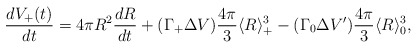
\begin{align*}\frac{dV_+(t)}{dt}=4 \pi R^2 \frac{dR}{dt}+(\Gamma_+ \Delta V) \frac{4 \pi}{3} \langle R \rangle_+^3 -(\Gamma_0 \Delta V') \frac{4 \pi}{3} \langle R \rangle_0^3,\end{align*}